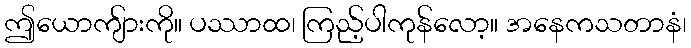
ဤယောကျ်ားကို။ ပဿာထ၊ ကြည့်ပါကုန်လော့။ အနေကသတာနံ၊